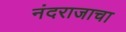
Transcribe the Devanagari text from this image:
नंदराजाचा